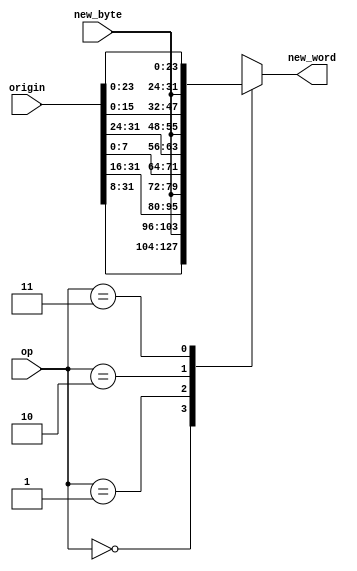
`timescale 1ns / 1ps
//////////////////////////////////////////////////////////////////////////////////
// Company: 
// Engineer: 
// 
// Design Name: 
// Module Name:    SB 
// Project Name: 
// Target Devices: 
// Tool versions: 
// Description: 
//
// Dependencies: 
//
// Revision: 
// Revision 0.01 - File Created
// Additional Comments: 
//
//////////////////////////////////////////////////////////////////////////////////
module SB(
    input [31:0] origin,
    input [7:0] new_byte,
    input [1:0] op,
    output reg [31:0] new_word
    );
	 
	 always@(*)begin
		case(op)
			2'b00:new_word<={origin[31:8],new_byte[7:0]};
			2'b01:new_word<={origin[31:16],new_byte[7:0],origin[7:0]};
			2'b10:new_word<={origin[31:24],new_byte[7:0],origin[15:0]};
			2'b11:new_word<={new_byte[7:0],origin[23:0]};
		endcase
	 end

endmodule